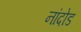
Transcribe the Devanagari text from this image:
नांदोड